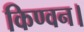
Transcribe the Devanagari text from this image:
किण्वन।